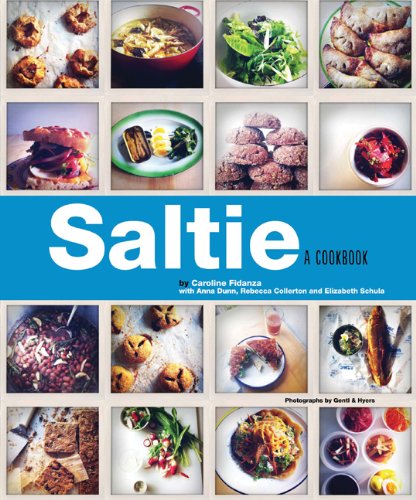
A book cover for Saltie: A Cookbook; Caroline Fidanza; Cookbooks, Food & Wine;